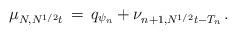
LaTeX: \begin{align*} \mu_{N,N^{1/2}t}\, =\, q_{\psi_n}+\nu_{n+1,N^{1/2}t-T_n}\, .\end{align*}